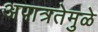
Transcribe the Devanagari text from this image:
अपात्रतेमुळे